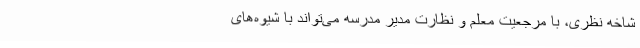
شاخه نظری، با مرجعیت معلم و نظارت مدیر مدرسه می‌تواند با شیوه‌های